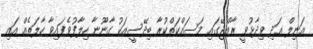
އަނިލް އަދި ވިދާޅުވީ ރާއްޖޭގައި މަސައްކަތްކުރާ ބިދޭސީއަކު ގާނޫނާ ހިލާފުވެފައިވާ ހާލަތެއް އައި